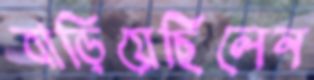
বাড়িয়েছিলেন